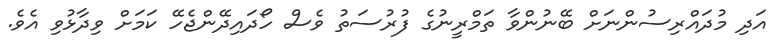
އަދި މުދައްރިސުންނަށް ބޭނުންވާ ތަމްރީނުގެ ފުރުސަތު ވެސް ހޯދައިދޭންޖެހޭ ކަމަށް ވިދާޅުވި އެވެ.